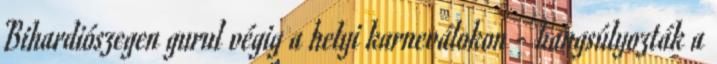
Bihardiószegen gurul végig a helyi karneválokon - hangsúlyozták a